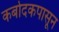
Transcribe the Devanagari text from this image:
कर्बोदकपासून